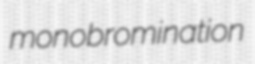
monobromination